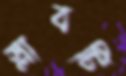
স্লাবটি